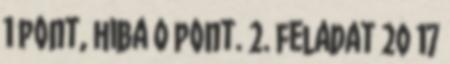
1 pont, hiba 0 pont. 2. feladat 20 17